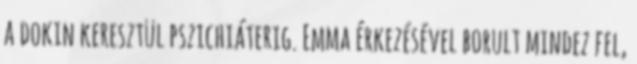
a dokin keresztül pszichiáterig. Emma érkezésével borult mindez fel,